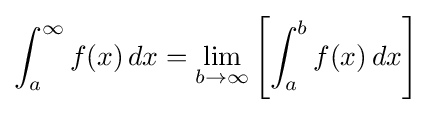
\int _{a}^{\infty }f(x)\,dx=\lim _{b\to \infty }\left[\int _{a}^{b}f(x)\,dx\right]